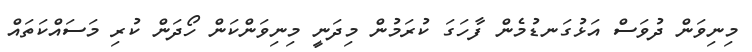
މިނިވަން ދުވަސް އަޅުގަނޑުމެން ފާހަގަ ކުރަމުން މިދަނީ މިނިވަންކަން ހޯދަން ކުރި މަސައްކަތައް